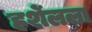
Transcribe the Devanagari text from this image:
हर्शेलला